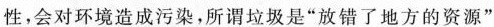
性，会对环境造污染，所谓垃圾是”放错了地方的资源”